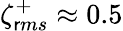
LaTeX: \zeta_{\mathsf{r}ms}^{+}\approx0.5